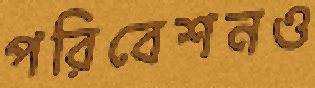
পরিবেশনও